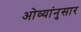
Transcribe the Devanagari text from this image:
ओव्यांनुसार